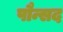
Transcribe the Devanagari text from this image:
पौन्सद